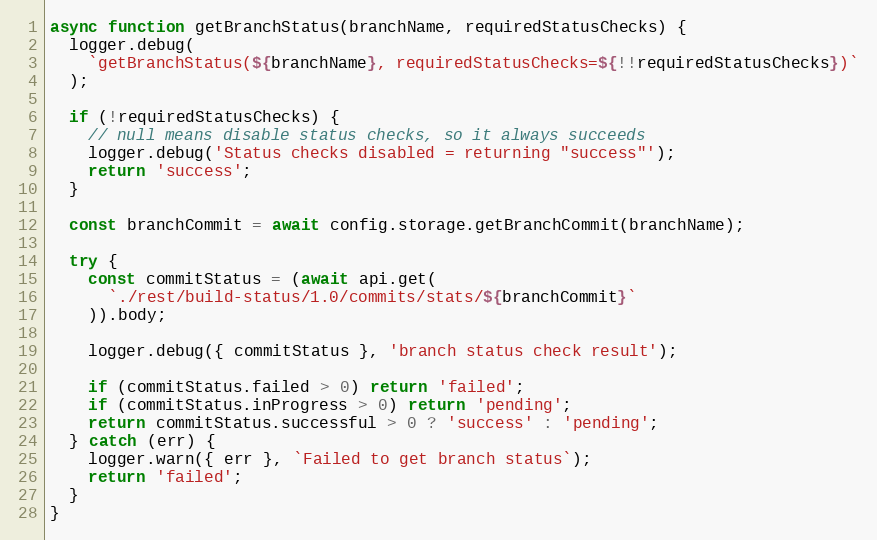
Language: JavaScript
async function getBranchStatus(branchName, requiredStatusChecks) {
  logger.debug(
    `getBranchStatus(${branchName}, requiredStatusChecks=${!!requiredStatusChecks})`
  );

  if (!requiredStatusChecks) {
    // null means disable status checks, so it always succeeds
    logger.debug('Status checks disabled = returning "success"');
    return 'success';
  }

  const branchCommit = await config.storage.getBranchCommit(branchName);

  try {
    const commitStatus = (await api.get(
      `./rest/build-status/1.0/commits/stats/${branchCommit}`
    )).body;

    logger.debug({ commitStatus }, 'branch status check result');

    if (commitStatus.failed > 0) return 'failed';
    if (commitStatus.inProgress > 0) return 'pending';
    return commitStatus.successful > 0 ? 'success' : 'pending';
  } catch (err) {
    logger.warn({ err }, `Failed to get branch status`);
    return 'failed';
  }
}